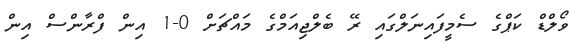
ވޯލްޑް ކަޕްގެ ސެމީފައިނަލްގައި ރޭ ބެލްޖިއަމްގެ މައްޗަށް 0-1 އިން ފްރާންސް އިން